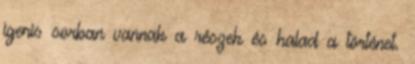
igenis sorban vannak a részek és halad a történet.